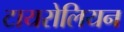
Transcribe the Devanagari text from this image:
टायरोलियन